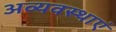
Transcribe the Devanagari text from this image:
अव्यवस्थाएं